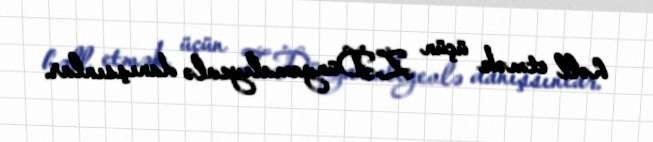
həll etmək üçün Z.Dünyamalıyevlə danışsınlar.